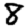
Digit: 8